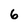
Character: 6